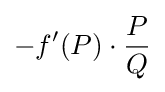
-f'(P)\cdot {\frac {P}{Q}}